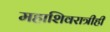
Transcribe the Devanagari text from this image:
महाशिवरात्रीही